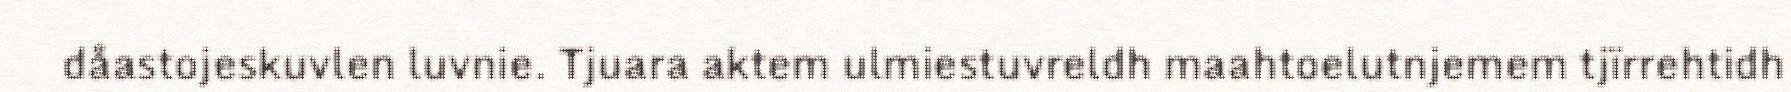
dåastojeskuvlen luvnie. Tjuara aktem ulmiestuvreldh maahtoelutnjemem tjïrrehtidh